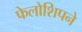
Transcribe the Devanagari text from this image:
फेलोशिपने